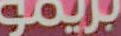
بريمو